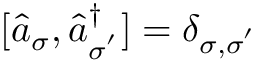
[ \hat { a } _ { \sigma } , \hat { a } _ { \sigma ^ { ' } } ^ { \dagger } ] = \delta _ { { \sigma } , { \sigma } ^ { ' } }